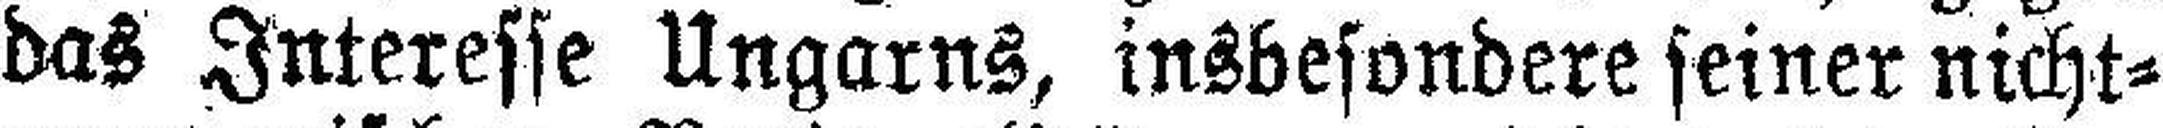
das Interesse Ungarns, insbesondere seiner nicht¬